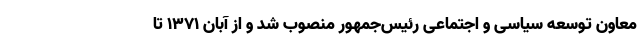
معاون توسعه سیاسی و اجتماعی رئیس‌جمهور منصوب شد و از آبان ۱۳۷۱ تا